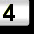
Digit: 3